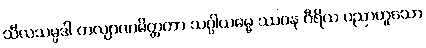
သီလသမ္ပဒါ ကလျာဏမိတ္တတာ သပ္ပါယဓမ္မ ဿဝန ဝီရိယ ပညာဟူသော